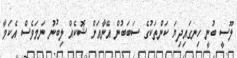
ލޫސީ ބުނީ ހިނގައިދިޔަ ކަންތަކުގެ ސަބަބުން އޭނާއަށް ޝޮކެއް ލިބުނު ނަމަވެސް އެކަމާ